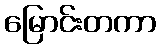
မြောင်းတကာ